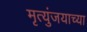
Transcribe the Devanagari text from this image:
मृत्युंजयाच्या